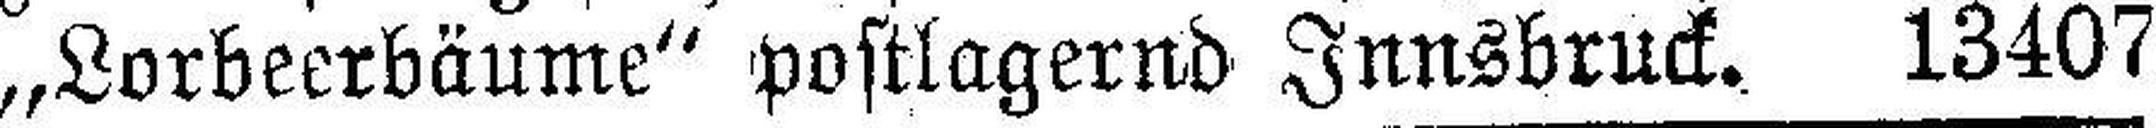
„Lorbeerbäume“ postlagernd Innsbruck. 13407